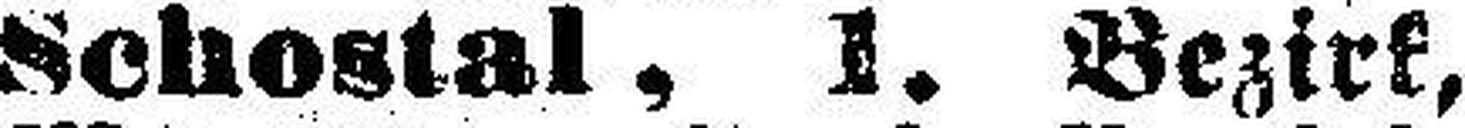
Schostal, 1. Bezirk,